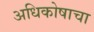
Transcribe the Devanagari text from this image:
अधिकोषाचा